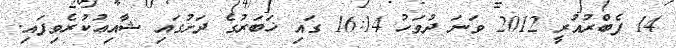
14 ފެބްރުއުރީ 2012 ވަނަ ދުވަހު 16:14 ގައި ޚަބަރުގެ ދަށުގައި ޝާއިޢުކުރެވިފައި.